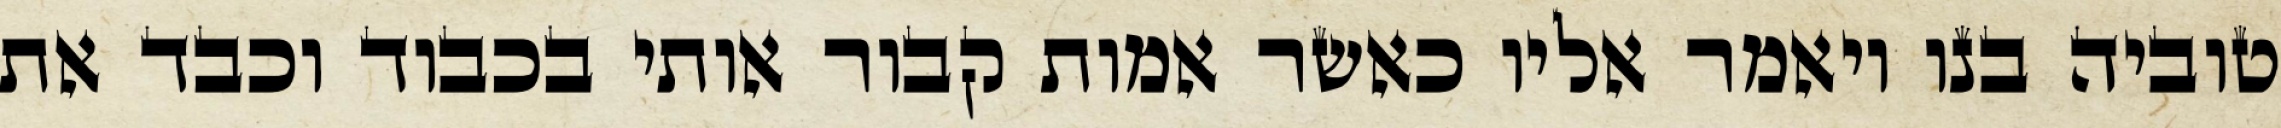
טוביה בנו ויאמר אליו כאשר אמות קבור אותי בכבוד וכבד את